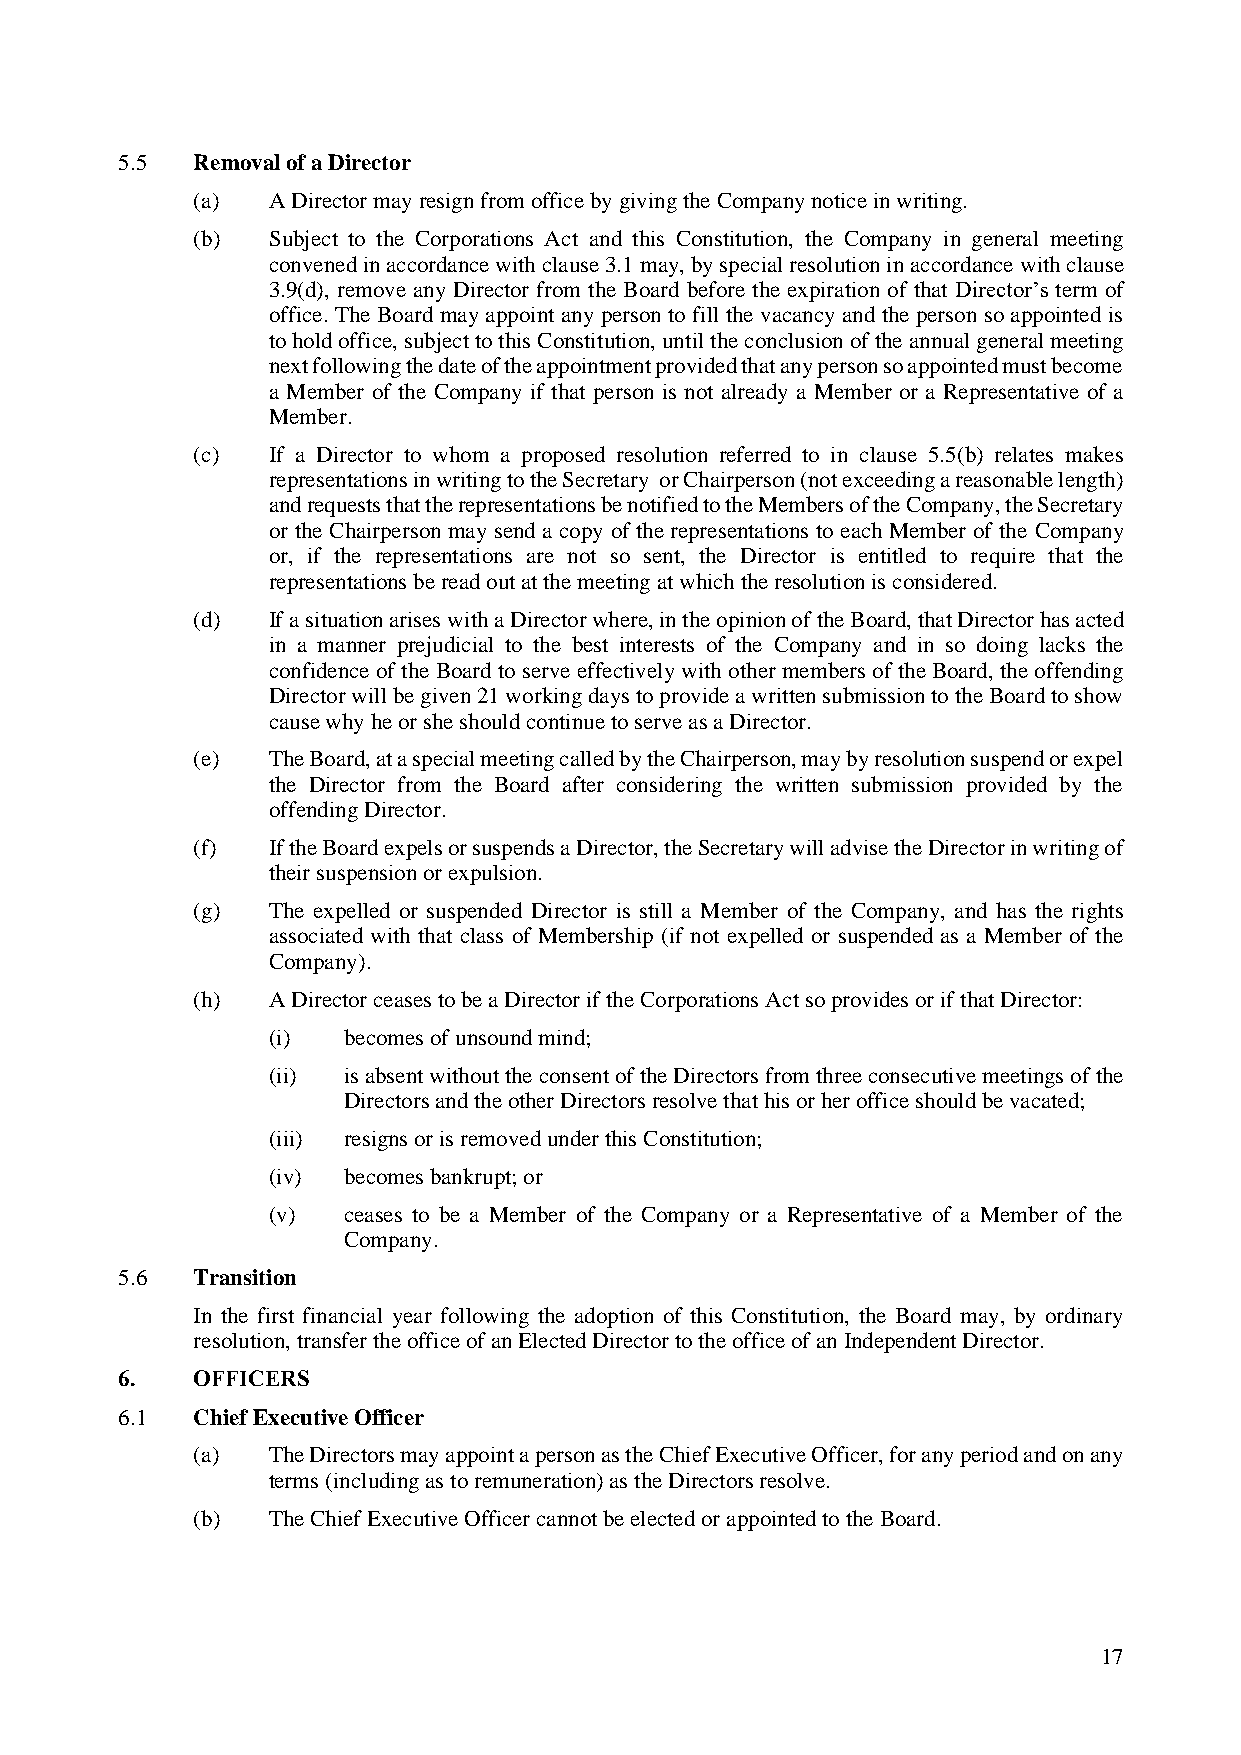
5.5  Removal of a Director
 (a)  A Director may resign from office by giving the Company notice in writing.
 (b)  Subject to the Corporations Act and this Constitution, the Company in general meeting
 convened in accordance with clause 3.1 may, by special resolution in accordance with clause
 3.9(d), remove any Director from the Board before the expiration of that Director’s term of
 office. The Board may appoint any person to fill the vacancy and the person so appointed is
 to hold office, subject to this Constitution, until the conclusion of the annual general meeting
 next following the date of the appointment provided that any person so appointed must become
 a Member of the Company if that person is not already a Member or a Representative of a
 Member.
 (c)  If a Director to whom a proposed resolution referred to in clause 5.5(b) relates makes
 representations in writing to the Secretary or Chairperson (not exceeding a reasonable length)
 and requests that the representations be notified to the Members of the Company, the Secretary
 or the Chairperson may send a copy of the representations to each Member of the Company
 or, if the representations are not so sent, the Director is entitled to require that the
 representations be read out at the meeting at which the resolution is considered.
 (d)  If a situation arises with a Director where, in the opinion of the Board, that Director has acted
 in a manner prejudicial to the best interests of the Company and in so doing lacks the
 confidence of the Board to serve effectively with other members of the Board, the offending
 Director will be given 21 working days to provide a written submission to the Board to show
 cause why he or she should continue to serve as a Director.
 (e)  The Board, at a special meeting called by the Chairperson, may by resolution suspend or expel
 the Director from the Board after considering the written submission provided by the
 offending Director.
 (f)  If the Board expels or suspends a Director, the Secretary will advise the Director in writing of
 their suspension or expulsion.
 (g)  The expelled or suspended Director is still a Member of the Company, and has the rights
 associated with that class of Membership (if not expelled or suspended as a Member of the
 Company).
 (h)  A Director ceases to be a Director if the Corporations Act so provides or if that Director:
 (i)  becomes of unsound mind;
 (ii) is absent without the consent of the Directors from three consecutive meetings of the
 Directors and the other Directors resolve that his or her office should be vacated;
 (iii) resigns or is removed under this Constitution;
 (iv) becomes bankrupt; or
 (v)  ceases to be a Member of the Company or a Representative of a Member of the
 Company.
 5.6  Transition
 In the first financial year following the adoption of this Constitution, the Board may, by ordinary
 resolution, transfer the office of an Elected Director to the office of an Independent Director.
 6.   OFFICERS
 6.1  Chief Executive Officer
 (a)  The Directors may appoint a person as the Chief Executive Officer, for any period and on any
 terms (including as to remuneration) as the Directors resolve.
 (b)  The Chief Executive Officer cannot be elected or appointed to the Board.
 17